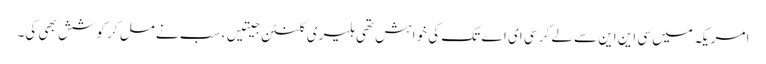
امریکہ میں سی این این سے لے کر سی ای اے تک کی خواہش تھی ہلیری کلنٹن جیتیں، سب نے مل کر کوشش بھی کی۔